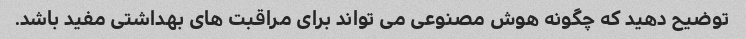
توضیح دهید که چگونه هوش مصنوعی می تواند برای مراقبت های بهداشتی مفید باشد.